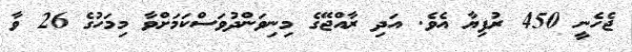
ޖެހެނީ 450 ރުފިޔާ އެވެ. އަދި ރާއްޖޭގެ މިނިވަންދުވަސްކަމަށްވާ މިމަހުގެ 26 ވާ